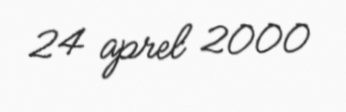
24 aprel 2000